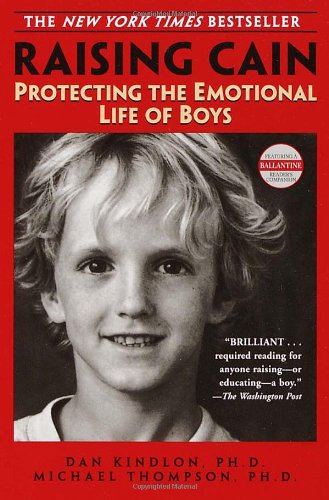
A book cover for Raising Cain: Protecting the Emotional Life of Boys; Dan Kindlon; Parenting & Relationships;